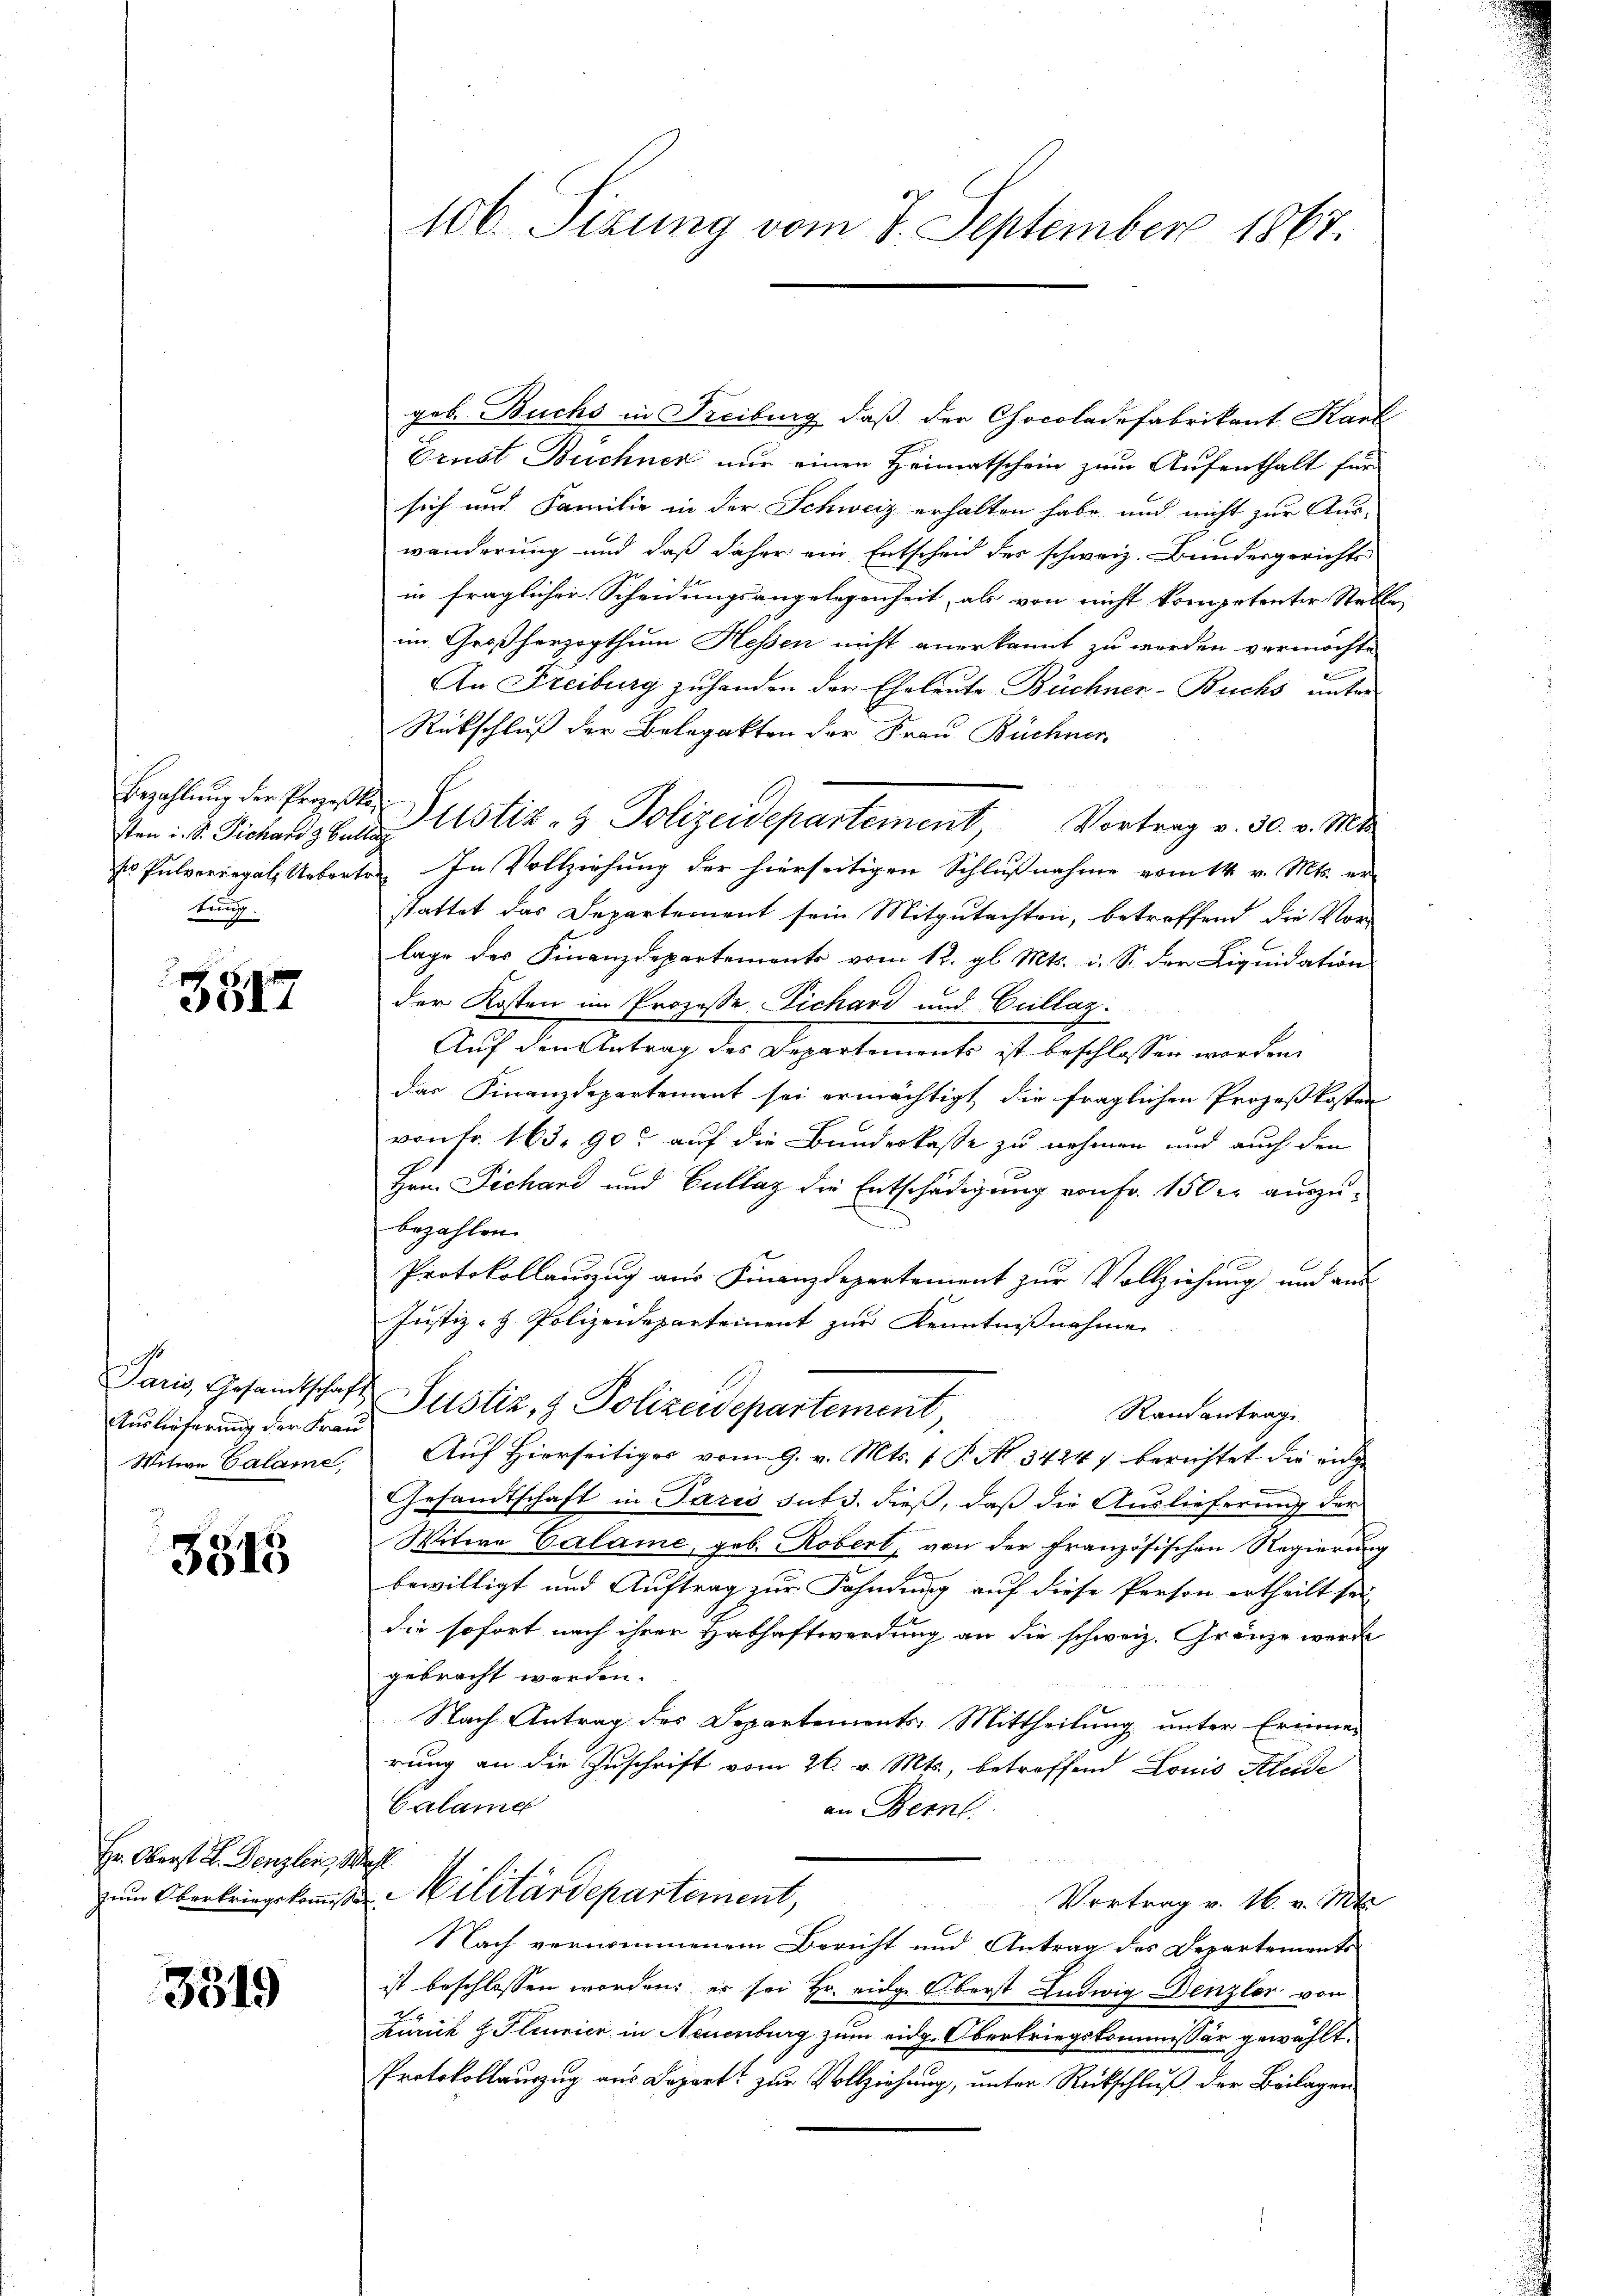
Bezahlung der Prozeßt.
sten i. S. Pichard z. Bur
s Pulverregal Uebert
ten.

3317

Paris, Gesamtschaf
Auslieferung der Frau
Witwe Calame,

3315

Hr. Oberst H. Denzlei,
zum Oberkriegskommiß

3519

106. Sizung vom 7. September 1867

geb. Buchs in Freiburg, daß der Chocoladefabrikant Karl
Brust Buchnen nur einen Heimatschein zum Aufenthalt für
sich und Familie in der Schweiz erhalten habe, und nicht zur Aus-
wanderung und daß daher ein Entscheid des schweiz. Bundesgerichts
in fraglicher Scheidungsangelegenheit, als von nicht kompetenter Stelle
im Großherzogthum Hessen nicht anerkannt zu worden vermöchte
An Freiburg zu handen der Eheleute Büchner-Buchs unter
Rückschluß der Belegakten der Frau Büchner
 Justiz- & Polizeidepartement, Vortrag v. 30. v. Mts.
r. In Vollziehung der hierseitigen Schlußnahme vom 14. v. Mts. er
stattet das Departement sein Mitgutachten, betreffend die Vor-
lage des Finanzdepartements vom 12. gl. Mts. i. S. der Liquidation
der Kosten im Prozesse Eichard und Crillaz.
Auf den Antrag des Departements ist beschlossen worden,
das Finanzdepartement sei ermächtigt die fraglichen Prozeßkosten
vonFr. 163. 90 auf die Bundeskasse zu nehmen und auch den
Hrn. Sichard und Bullaz die Entschädigung von Fr. 150 er auszubezahlen
Protokollauszug aus Finanzdepartement zur Vollziehung und aus
Justiz- & Polizeidepartement zur Kenntnißnahme
Justiz & Polizeidepartement,
Randantrag
Auf Hierseitiges vom 9. v. Mts. f. P. N. 34247 berichtet die rich
n
Gesandtschaft in Paris sub 3. dieß, daß die Auslieferung der
Witwe Calame, geb. Robert, von der französischen Regierung
bewilligt und Auftrag zur Fahndung auf diese Person ertheilt sei
die sofort nach ihrer Habhaftwerdung an die schweiz. Gränze werde
gebracht werden.
Nach Antrag des Departements-Mittheilung unter Erinne-
rung an die Zuschrift vom 26. v. Mts., betreffend Louis Kleide
Calang
an Bern
hal
Militärdepartement,
Vertrag v. 16. v. Mts.
Nach vernommenem Bericht und Antrag des Departements
ist beschlossen worden; er sei Hr. eidg. Oberst Ludwig Denzler von
Zürich J. Plinier in Neuenburg zum eidg. Oberkriegskommissär gewählt.
Protokollauszug aus Depart zur Vollziehung, unter Rückschluß der Beilagen